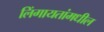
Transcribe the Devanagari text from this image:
लिंगायतांमधील